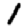
Digit: 1